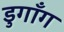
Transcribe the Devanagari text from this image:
डुगाँग